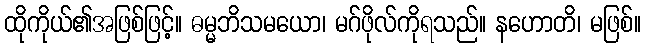
ထိုကိုယ်၏အဖြစ်ဖြင့်။ ဓမ္မဘိသမယော၊ မဂ်ဖိုလ်ကိုရသည်။ နဟောတိ၊ မဖြစ်။